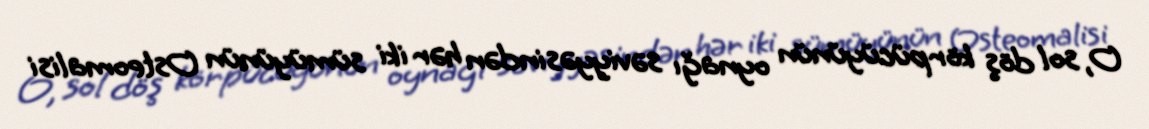
O, sol döş körpücüyünün oynağı səviyyəsindən hər iki sümüyünün Osteomalisi